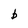
Character: b